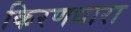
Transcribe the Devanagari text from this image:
किरणधारा